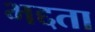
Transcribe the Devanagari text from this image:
भद्दता